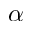
\alpha